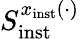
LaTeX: S_{\mathrm{inst}}^{x_{\mathrm{inst}}(\cdot)}